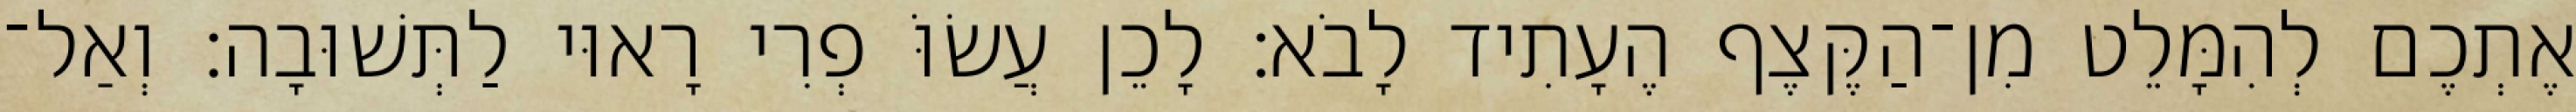
אֶתְכֶם לְהִמָּלֵט מִן־הַקֶּצֶף הֶעָתִיד לָבֹא׃ לָכֵן עֲשׂוֹּ פְרִי רָאוּי לַתְּשׁוּבָה׃ וְאַל־